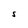
Character: S